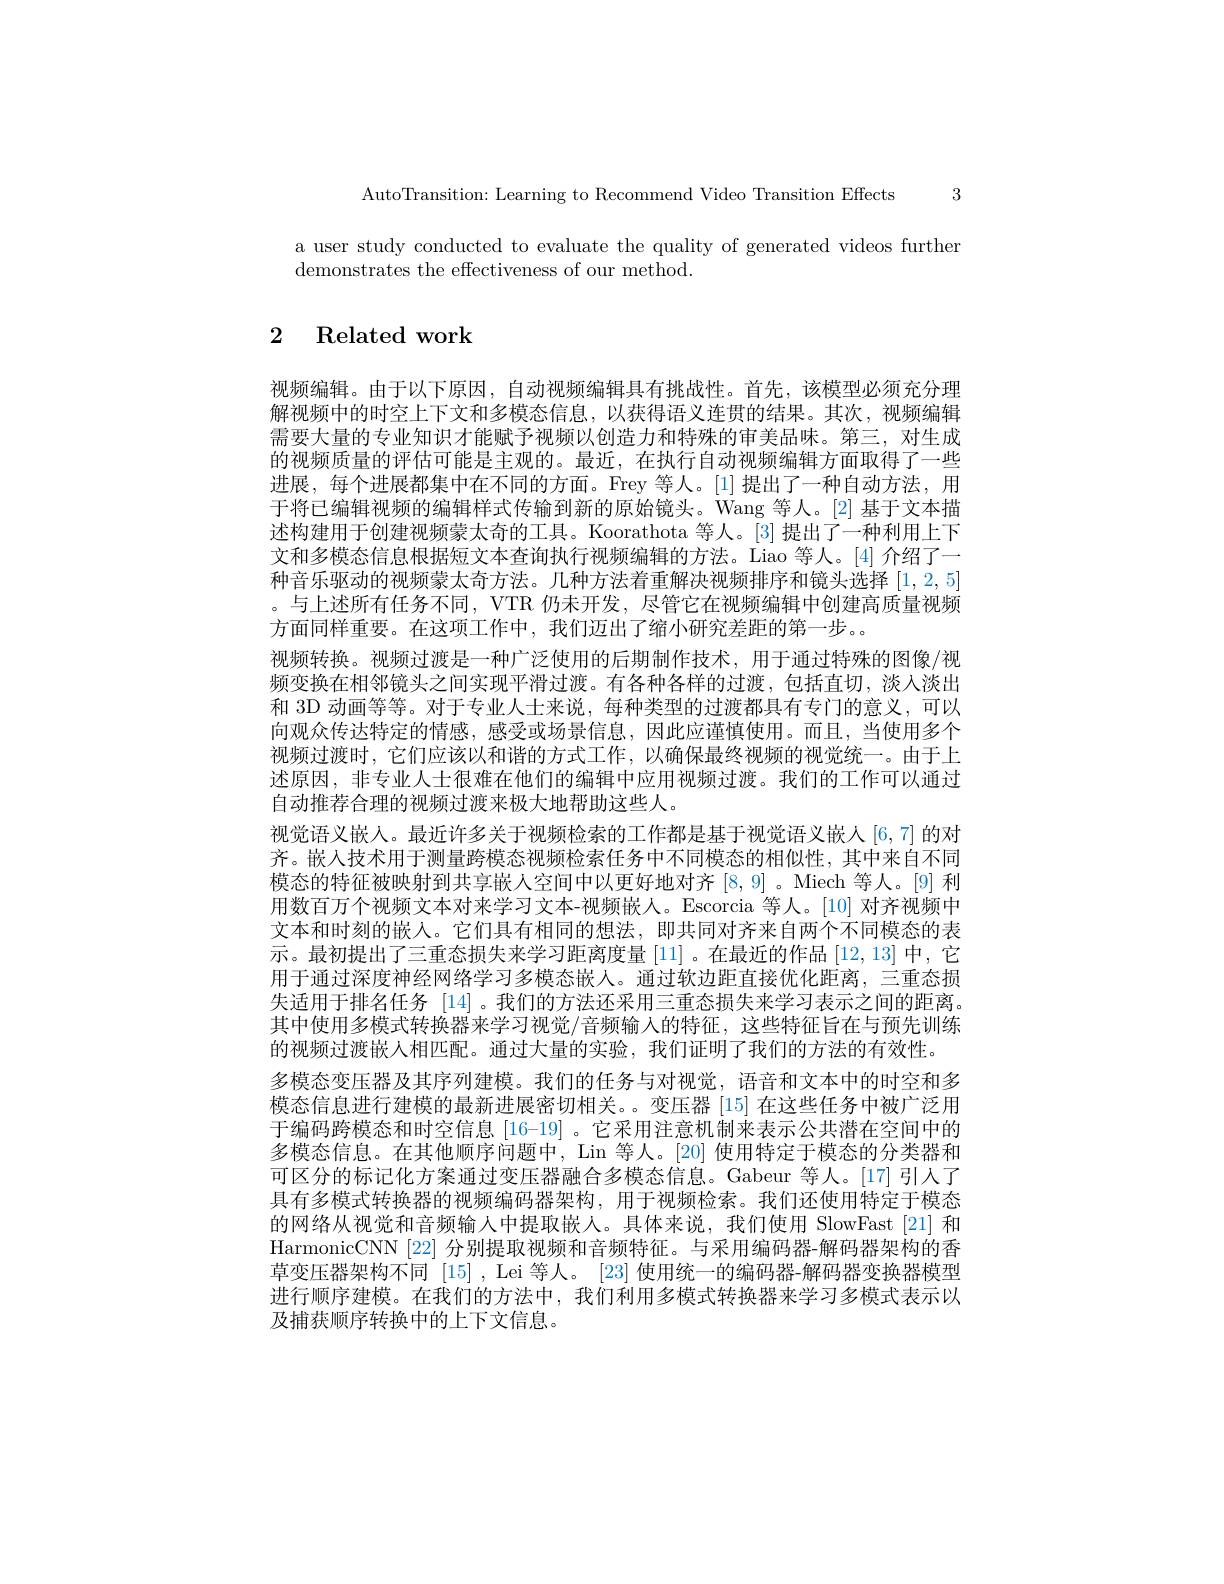
AutoTransition: Learning to Recommend Video Transition Effects 3

a user study conducted to evaluate the quality of generated videos further
demonstrates the effectiveness of our method.

# 2 Related work

视频编辑。由于以下原因，自动视频编辑具有挑战性。首先，该模型必须充分理解视频中的时空上下文和多模态信息，以获得语义连贯的结果。其次，视频编辑需要大量的专业知识才能赋予视频以创造力和特殊的审美品味。第三，对生成的视频质量的评估可能是主观的。最近，在执行自动视频编辑方面取得了一些进展，每个进展都集中在不同的方面。Frey 等人。[1] 提出了一种自动方法，用于将已编辑视频的编辑样式传输到新的原始镜头。Wang 等人。[2] 基于文本描述构建用于创建视频蒙太奇的工具。Koorathota 等人。[3] 提出了一种利用上下文和多模态信息根据短文本查询执行视频编辑的方法。Liao 等人。[4] 介绍了一种音乐驱动的视频蒙太奇方法。几种方法着重解决视频排序和镜头选择[1,2,5] 。与上述所有任务不同，VTR 仍未开发，尽管它在视频编辑中创建高质量视频方面同样重要。在这项工作中，我们迈出了缩小研究差距的第一步。
视频转换。视频过渡是一种广泛使用的后期制作技术，用于通过特殊的图像/视频变换在相邻镜头之间实现平滑过渡。有各种各样的过渡，包括直切，淡人淡出和 3D 动画等等。对于专业人士来说，每种类型的过渡都具有专门的意义，可以向观众传达特定的情感，感受或场景信息，因此应谨慎使用。而且，当使用多个视频过渡时，它们应该以和谐的方式工作，以确保最终视频的视觉统一。由于上述原因，非专业人士很难在他们的编辑中应用视频过渡。我们的工作可以通过自动推荐合理的视频过渡来极大地帮助这些人。
视觉语义嵌入。最近许多关于视频检索的工作都是基于视觉语义嵌人[6,7] 的对齐。嵌入技术用于测量跨模态视频检索任务中不同模态的相似性，其中来自不同模态的特征被映射到共享嵌人空间中以更好地对齐[8,9] 。Miech 等人。[9] 利用数百万个视频文本对来学习文本-视频嵌人。Escorcia 等人。[10] 对齐视频中文本和时刻的嵌人。它们具有相同的想法，即共同对齐来自两个不同模态的表示。最初提出了三重态损失来学习距离度量[11]。在最近的作品[12,13]中，它用于通过深度神经网络学习多模态嵌人。通过软边距直接优化距离，三重态损失适用于排名任务 [14]。我们的方法还采用三重态损失来学习表示之间的距离。其中使用多模式转换器来学习视觉/音频输入的特征，这些特征旨在与预先训练的视频过渡嵌人相匹配。通过大量的实验，我们证明了我们的方法的有效性。
多模态变压器及其序列建模。我们的任务与对视觉，语音和文本中的时空和多模态信息进行建模的最新进展密切相关。。变压器[15]在这些任务中被广泛用于编码跨模态和时空信息 [16-19] 。它采用注意机制来表示公共潜在空间中的多模态信息。在其他顺序问题中，Lin 等人。[20] 使用特定于模态的分类器和可区分的标记化方案通过变压器融合多模态信息。Gabeur 等人。[17] 引人了具有多模式转换器的视频编码器架构，用于视频检索。我们还使用特定于模态的网络从视觉和音频输入中提取嵌人。具体来说，我们使用 SlowFast[21] 和HarmonicCNN [22] 分别提取视频和音频特征。与采用编码器-解码器架构的香草变压器架构不同 [15] , Lei 等人。[23] 使用统一的编码器-解码器变换器模型进行顺序建模。在我们的方法中，我们利用多模式转换器来学习多模式表示以及捕获顺序转换中的上下文信息。